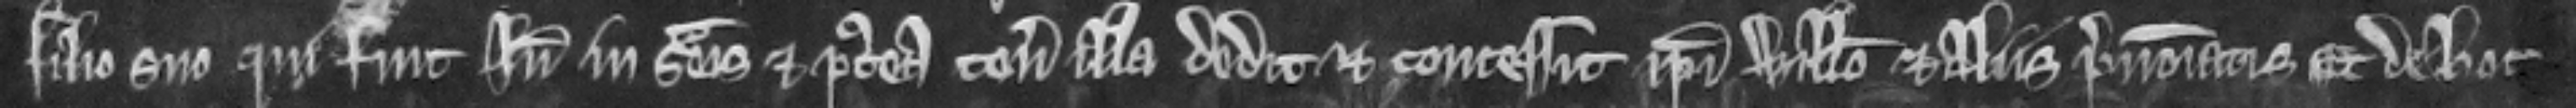
filio suo qui fuit inde in seisina et postea tenementa illa dedit et concessit ipsi Willelmo et aliis prenominatis Et de hoc